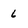
Character: 6